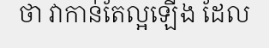
ថា វាកាន់តែល្អឡើង ដែល